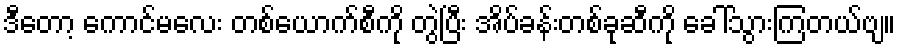
ဒီတော့ ကောင်မလေး တစ်ယောက်စီကို တွဲပြီး အိပ်ခန်းတစ်ခုဆီကို ခေါ်သွားကြတယ်ဗျ။